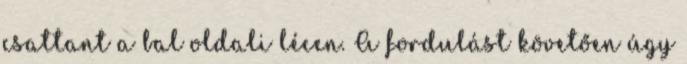
csattant a bal oldali lécen. A fordulást követően úgy